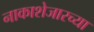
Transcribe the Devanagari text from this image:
नाकाशेजारच्या